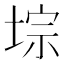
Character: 𫮁